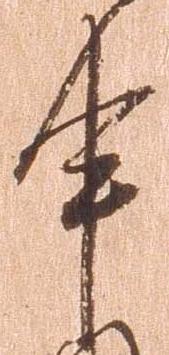
申